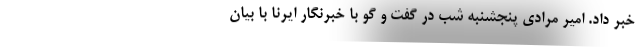
خبر داد. امیر مرادی پنجشنبه شب در گفت و گو با خبرنگار ایرنا با بیان